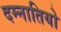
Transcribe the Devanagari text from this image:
दम्नातियो